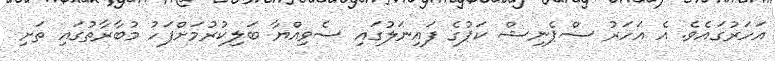
އަހަރުގައެވެ. އެ އަހަރު ސްޕެނިޝް ކަޕުގެ ފައިނަލުގައި ސެވިއްޔާ ބަލިކުރުމަށްފަހު މުބާރާތުގައި ތަށި